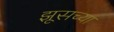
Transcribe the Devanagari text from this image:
झूसच्या